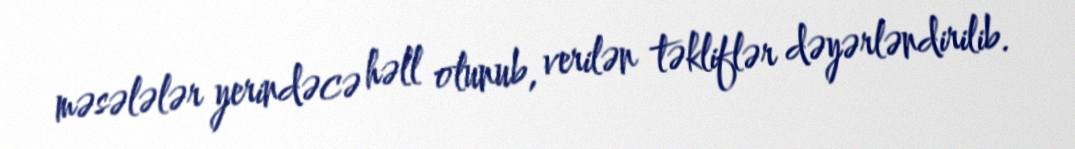
məsələlər yerindəcə həll olunub, verilən təkliflər dəyərləndirilib.